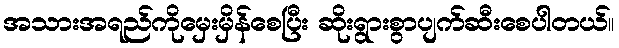
အသားအရည်ကိုမှေးမှိန်စေပြီး ဆိုးရွားစွာပျက်ဆီးစေပါတယ်။